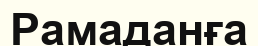
Рамаданға